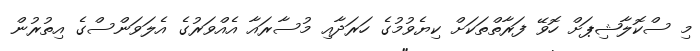
މި ސްކޮލާޝިޕަށް ހޮވޭ ފަރާތްތަކަށް ކިޔެވުމުގެ ހަރަދާއި މުސާރައާ އެއްވަރުގެ އެލަވަންސްގެ އިތުރުން